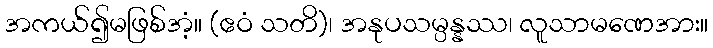
အကယ်၍မဖြစ်အံ့။ (ဧဝံ သတိ)၊ အနုပသမ္ပန္နဿ၊ လူသာမဏေအား။